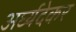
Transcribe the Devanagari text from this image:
अर्घ्यदेकर